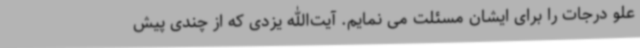
علو درجات را برای ایشان مسئلت می نمایم. آیت‌الله یزدی که از چندی پیش